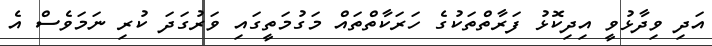
އަދި ވިދާޅުވީ އިދިކޮޅު ފަރާތްތަކުގެ ހަރަކާތްތައް މަގުމަތީގައި ވަރުގަދަ ކުރި ނަމަވެސް އެ